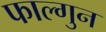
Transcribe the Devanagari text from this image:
फाल्‍गुन